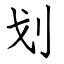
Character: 划